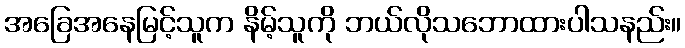
အခြေအနေမြင့်သူက နိမ့်သူကို ဘယ်လိုသဘောထားပါသနည်း။